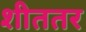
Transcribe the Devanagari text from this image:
शीततर